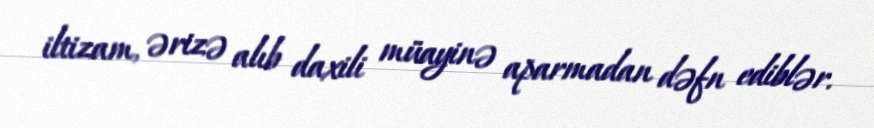
iltizam, ərizə alıb daxili müayinə aparmadan dəfn ediblər.